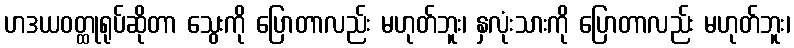
ဟဒယဝတ္ထုရုပ်ဆိုတာ သွေးကို ပြောတာလည်း မဟုတ်ဘူး၊ နှလုံးသားကို ပြောတာလည်း မဟုတ်ဘူး၊